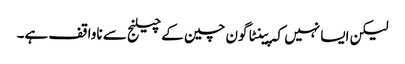
لیکن ایسا نہیں کہ پینٹاگون چین کے چیلنج سے ناواقف ہے۔